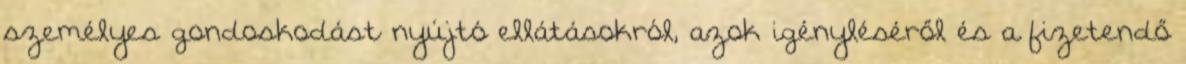
személyes gondoskodást nyújtó ellátásokról, azok igényléséről és a fizetendő